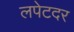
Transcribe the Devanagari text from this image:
लपेटदर